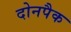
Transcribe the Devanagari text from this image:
दोनपैक